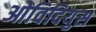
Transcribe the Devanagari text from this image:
ओविदियुस